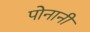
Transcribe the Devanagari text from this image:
पोनानी